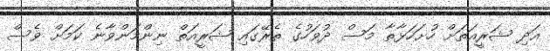
އަދި ޝަރީއަތަށް ހުށަހަޅާތާ މަސް ދުވަހުގެ ތެރޭގައި ޝަރީއަތް ނިންމަންވާނެ ކަމަށް ވެސް